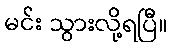
မင်း သွားလို့ရပြီ။